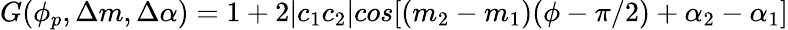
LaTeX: G(\phi_{p},\Delta m,\Delta\alpha)=1+2|c_{1}c_{2}|cos[(m_{2}-m_{1})(\phi-\pi/2)+\alpha_{2}-\alpha_{1}]